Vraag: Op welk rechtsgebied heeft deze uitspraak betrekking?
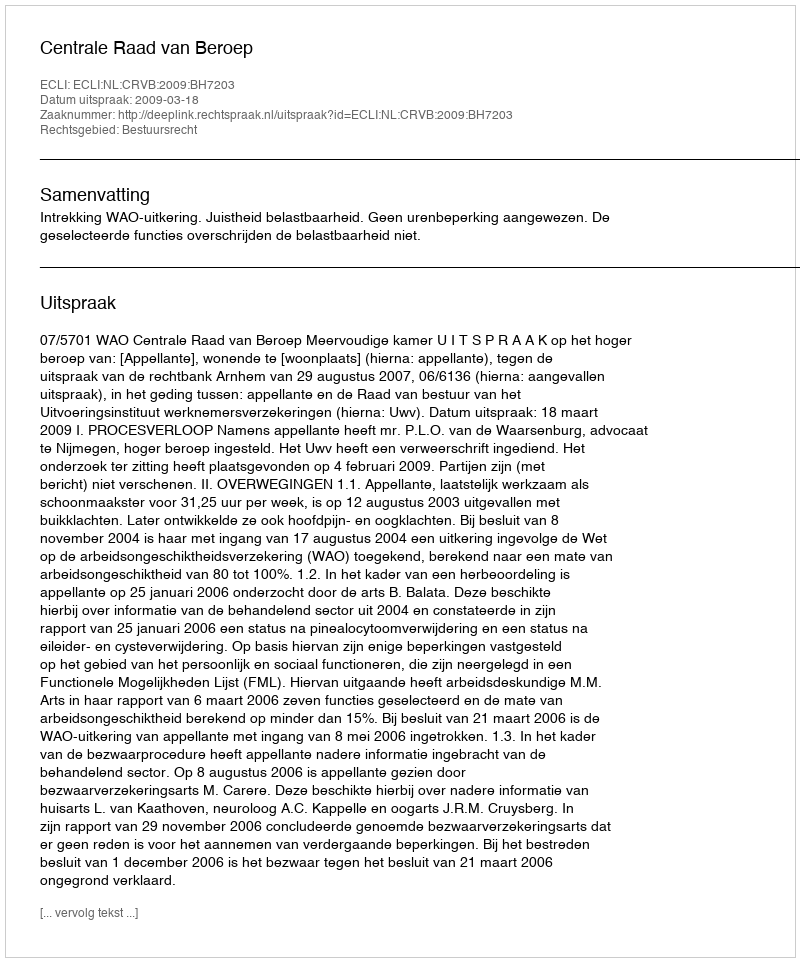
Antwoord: Bestuursrecht